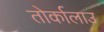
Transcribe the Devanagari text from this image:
तोर्कालाउ